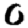
Digit: 0